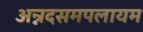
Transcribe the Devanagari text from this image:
अन्नदसमपलायम